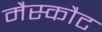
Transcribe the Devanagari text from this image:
मैस्कौट